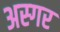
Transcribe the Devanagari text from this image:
अस्गर